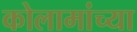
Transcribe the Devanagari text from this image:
कोलामांच्या